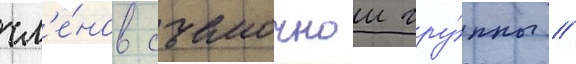
чл'е́нов съемочнои гру́ппы //